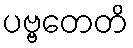
ပဗ္ဗတေတိ